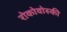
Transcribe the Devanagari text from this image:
रोकोवोस्की